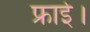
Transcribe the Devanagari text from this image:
फ्राई।